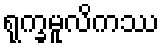
ရုက္ခမူလိကဿ